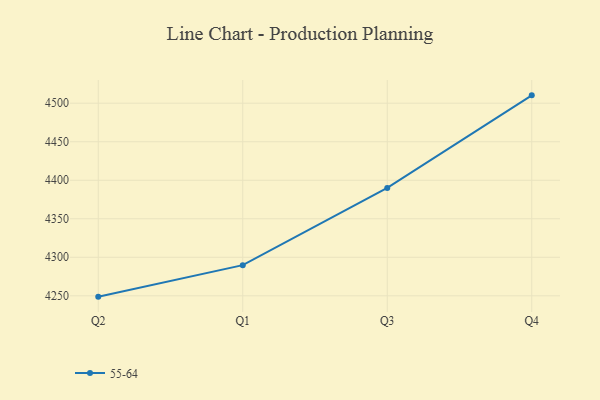
{"axis": {"x": "Quarter", "y": "Page Views"}, "legend": ["55-64"], "data": [{"x": "Q2", "y": 4248.9, "type": "55-64"}, {"x": "Q1", "y": 4289.8, "type": "55-64"}, {"x": "Q3", "y": 4390.0, "type": "55-64"}, {"x": "Q4", "y": 4510.2, "type": "55-64"}]}